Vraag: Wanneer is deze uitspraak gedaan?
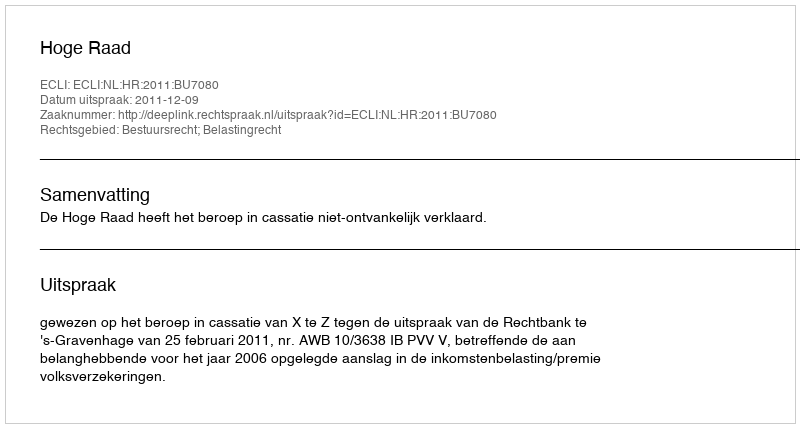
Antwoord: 2011-12-09